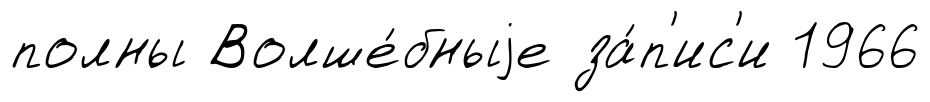
полны Волше́бныjе за́п'ис'и 1966